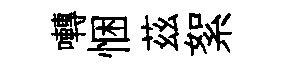
囀悃茲絮